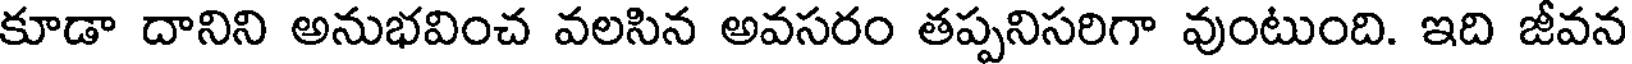
కూడా దానిని అనుభవించ వలసిన అవసరం తప్పనిసరిగా వుంటుంది. ఇది జీవన